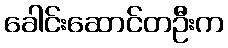
ခေါင်းဆောင်တဦးက